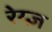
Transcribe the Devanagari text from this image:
रेय्ज़